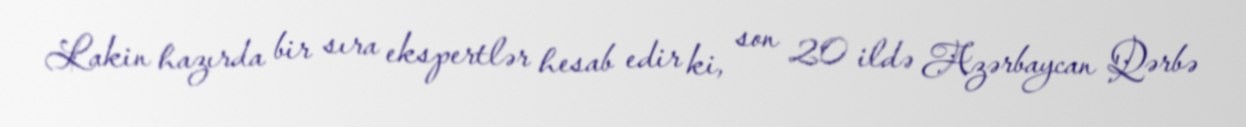
Lakin hazırda bir sıra ekspertlər hesab edir ki, son 20 ildə Azərbaycan Qərbə